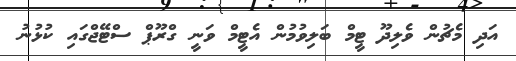
އަދި މެޗުން ވެލިދޫ ޓީމް ބަލިވުމުން އެޓީމް ވަނީ ގްރޫޕް ސްޓޭޖްގައި ކުޅުނު